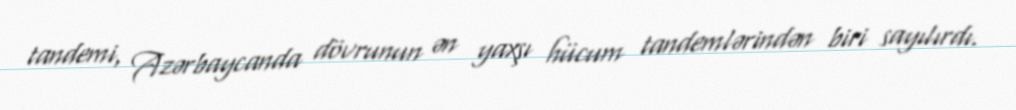
tandemi, Azərbaycanda dövrunun ən yaxşı hücum tandemlərindən biri sayılırdı.